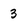
Character: 3